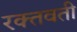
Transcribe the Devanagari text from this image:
रक्तवती